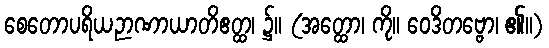
စေတောပရိယဉာဏာယာတိဧတ္ထ၊ ၌။ (အတ္ထော၊ ကို။ ဝေဒိတဗ္ဗော၊ ၏။)